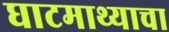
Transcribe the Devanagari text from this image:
घाटमाथ्याचा